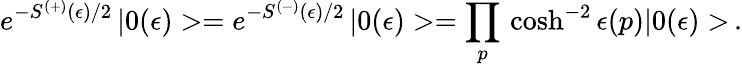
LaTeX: e^{-S^{(+)}(\epsilon)/2}\, |0(\epsilon)>=e^{-S^{(-)}(\epsilon)/2}\, |0(\epsilon)>=\prod_{p}\, \cosh^{-2}\epsilon(p)|0(\epsilon)>\, .